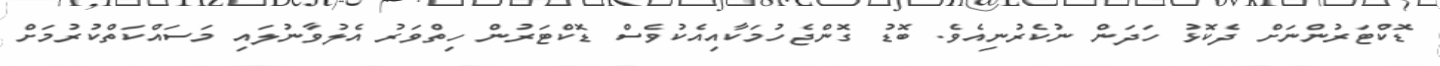
ޑޮކްޓަރުންނަށް ދެކޮޅު ހަދަން ނުކެރުނިއެވެ. ބޮޑު ގޮންޖެހުމަކާއިއެކުވެސް ޑޮކްޓަރުން ހިތްވަރު އެލުވާނުލައި މަސައްކަތްކުރުމަށް